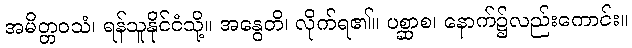
အမိတ္တဝသံ၊ ရန်သူနိုင်ငံသို့။ အနွေတိ၊ လိုက်ရ၏။ ပစ္ဆာစ၊ နောက်၌လည်းကောင်း။